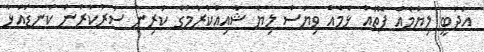
އަދަބީ ލިޔުމެއް ފޮތެއް ޅެމެއް ވިޔަސް ލިޔެ ޝާއިއުކުރުމުގެ ކުރިން ސަރުކާރުން ކަނޑައަޅާ